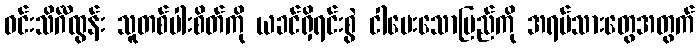
ဝင်းသိင်္ဂီထွန်း သူတစ်ပါးစိတ်ကို ယခင်ရှိရင်းစွဲ ငါပေးသောပြည်ကို အရပ်သားတွေအတွက်